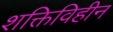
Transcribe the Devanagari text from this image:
शक्तिविहीन